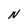
Character: N